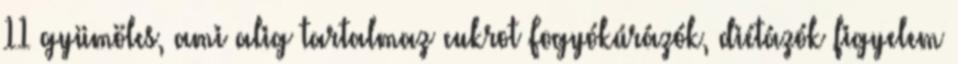
11 gyümölcs, ami alig tartalmaz cukrot Fogyókúrázók, diétázók figyelem